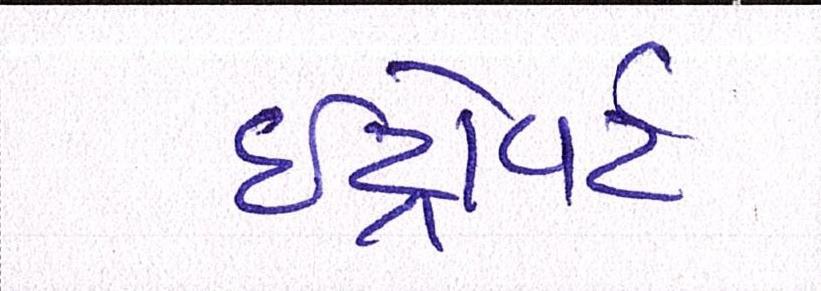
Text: ઇંટ્રોવર્ટ